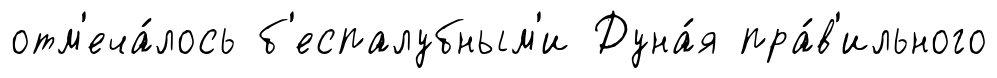
отм'еча́лось б'еспалубным'и Дуна́я пра́в'ильного